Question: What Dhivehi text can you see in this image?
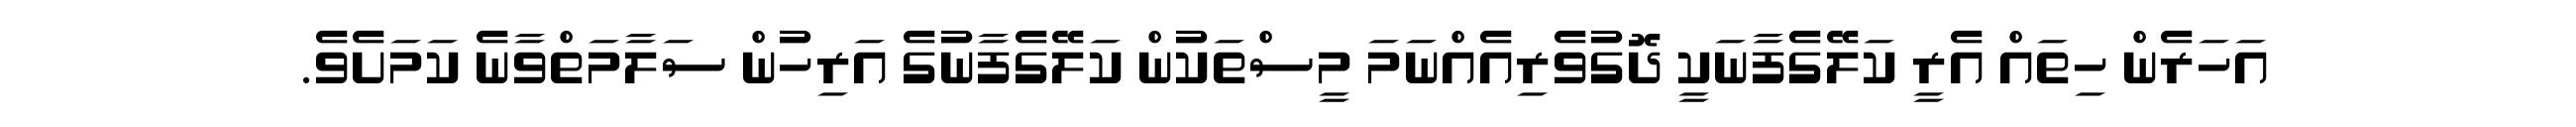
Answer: އަހަރެން ހިތައް އެރީ ކަލޭގެފާނަކީ ދޮގުވެރިއެއްނަމަ މީސްތަކުން ކަލޭގެފާނުގެ އަރިހުން ސަލާމަތްވާނެ ކަމަށެވެ.